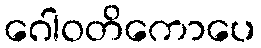
ဂေါဝတိကောပေ